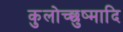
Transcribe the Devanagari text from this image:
कुलोच्छुष्मादि